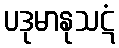
ပဒုမာနုသဋံ